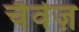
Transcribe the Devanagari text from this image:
चैवेज़